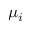
\mu _ { i }